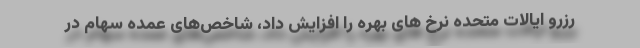
رزرو ایالات متحده نرخ های بهره را افزایش داد، شاخص‌های عمده سهام در